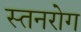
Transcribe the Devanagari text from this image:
स्तनरोग